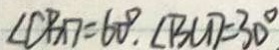
\angle C B D = 6 0 ^ { \circ } , \angle B C D = 3 0 ^ { \circ }